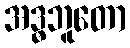
အဒ္ဓဘူတော